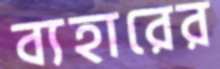
ব্যহারের